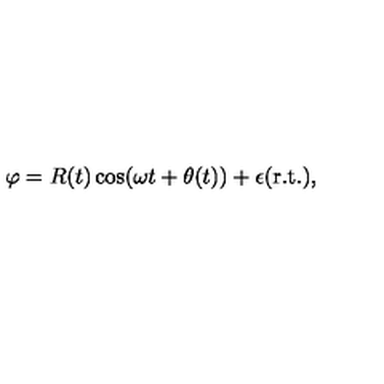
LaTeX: \varphi = R ( t ) \cos ( \omega t + \theta ( t ) ) + \epsilon ( \mathrm { r . t . } ) ,